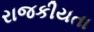
રાજકીયતા